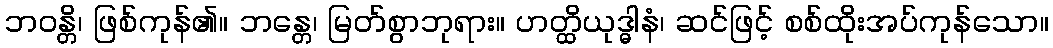
ဘဝန္တိ၊ ဖြစ်ကုန်၏။ ဘန္တေ၊ မြတ်စွာဘုရား။ ဟတ္ထိယုဒ္ဓါနံ၊ ဆင်ဖြင့် စစ်ထိုးအပ်ကုန်သော။